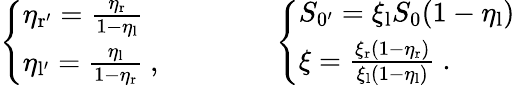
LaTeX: \left\{ \begin{array}{ll}{\eta_{\mathrm{r^{\prime}}}=\frac{\eta_{\mathrm{r}}}{1-\eta_{\mathrm{l}}}}\\ {\eta_{\mathrm{l^{\prime}}}=\frac{\eta_{\mathrm{l}}}{1-\eta_{\mathrm{r}}}\ ,}\end{array}\right.\qquad\qquad\left\{ \begin{array}{ll}{S_{\mathrm{0^{\prime}}}=\xi_{\mathrm{l}}S_{\mathrm{0}}(1-\eta_{\mathrm{l}})}\\ {\xi=\frac{\xi_{\mathrm{r}}(1-\eta_{\mathrm{r}})}{\xi_{\mathrm{l}}(1-\eta_{\mathrm{l}})}\ .}\end{array}\right.